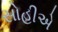
સોહીએ